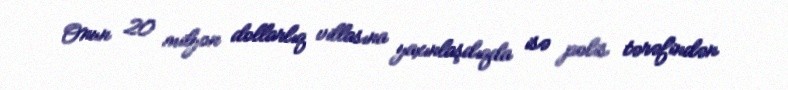
Onun 20 milyon dollarlıq villasına yaxınlaşdıqda isə polis tərəfindən